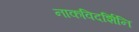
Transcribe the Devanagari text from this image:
नाकविदर्शिनि